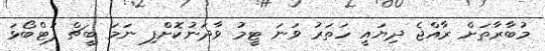
މުބާރާތަށް ރާއްޖެ ދިޔައީ ހަތަރު ވަނަ ޓީމު ވާދަނުކޮށްފި ނަމަ ބީޗް ފުޓްބޯޅަ